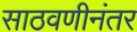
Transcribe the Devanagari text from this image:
साठवणीनंतर